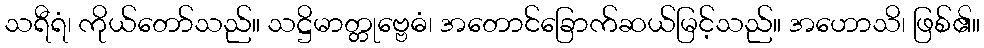
သရီရံ၊ ကိုယ်တော်သည်။ သဋ္ဌိမာတ္တုဗ္ဗေဓံ၊ အတောင်ခြောက်ဆယ်မြင့်သည်။ အဟောသိ၊ ဖြစ်၏။